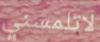
لاتلمسني